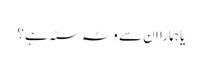
یا ہمارا ان سے وٹہ سٹہ ہے؟